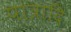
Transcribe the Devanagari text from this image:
पात्रादि